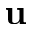
\bf u